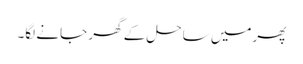
پھرمیں ساحل کے گھر جانے لگا۔